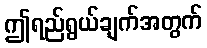
ဤရည်ရွယ်ချက်အတွက်